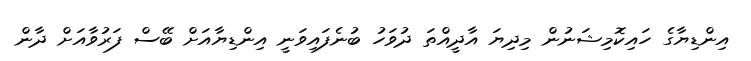
އިންޑިޔާގެ ހައިކޮމިޝަނުން މިދިޔަ އާދީއްތަ ދުވަހު ބުނެފައިވަނީ އިންޑިޔާއަށް ބޭސް ފަރުވާއަށް ދާން